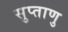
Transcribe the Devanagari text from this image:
सुप्ताणु